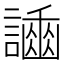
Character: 𧬿